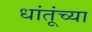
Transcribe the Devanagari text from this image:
धांतूंच्या